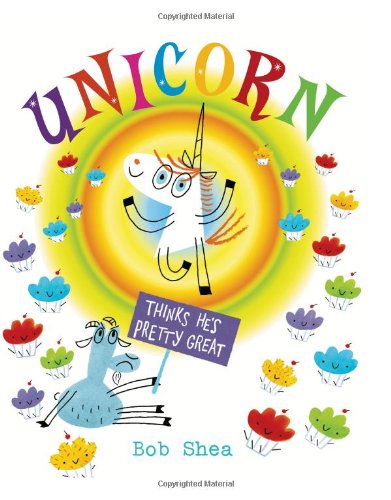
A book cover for Unicorn Thinks He's Pretty Great; Bob Shea; Children's Books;